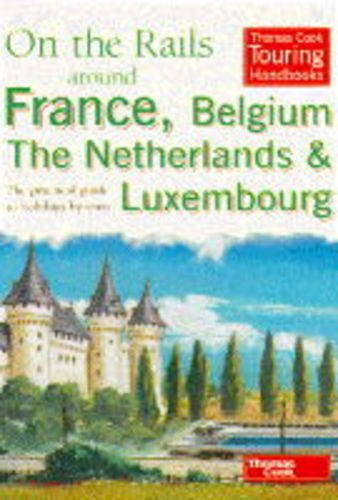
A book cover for On the Rails Around France, Belgium, the Netherlands and Luxembourg: The Practical Guide to Holidays by Train (Thomas Cook Touring Handbooks); Thomas Cook; Travel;